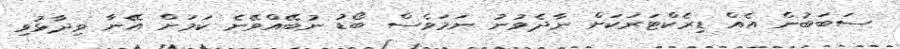
ސަބަބުން އެއް ޑިރެކްޓަރަކަށް ނާދެވުނު ނަމަވެސް ބޯޑު ނުބޭއްވޭނެ ކަމަށް އޭނާ ވިދާޅުވި